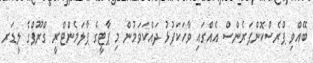
ބޭއްވި ޕްރެސްކޮންފަރެންސް އެއްގައި ވާހަކަފުޅު ދައްކަވަމުން މި ޕާޓީގެ ޕާލަމެންޓްރީ ގްރޫޕްގެ ލީޑަރ